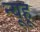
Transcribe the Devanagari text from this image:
न्यूहू